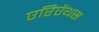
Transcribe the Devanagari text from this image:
एरिऐंथस